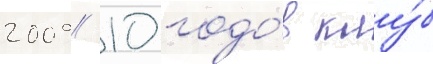
2009/ 10 годо́в клу́б